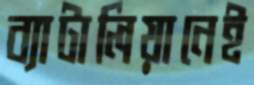
ব্যাটালিয়ানেই